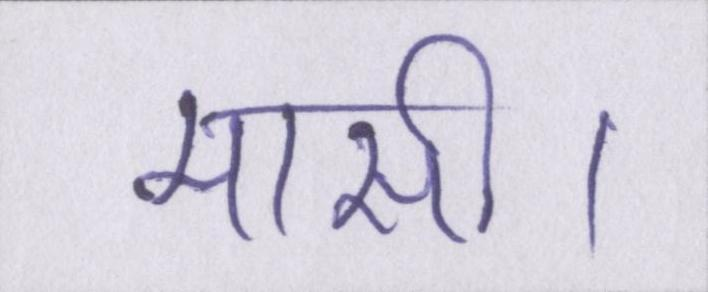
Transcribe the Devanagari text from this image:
मासी।